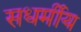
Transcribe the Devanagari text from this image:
सधर्मीय